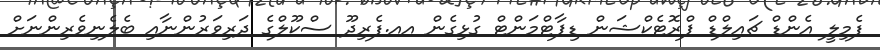
ފެމިލީ އެންޑް ޗައިލްޑް ޕްރޮޓެކްޝަން ޑިޕާޓްމަންޓް ގުޅިގެން އއ.ފެރިދޫ ސްކޫލްގެ ދަރިވަރުންނާއި ބެލެނިވެރިންނަށް